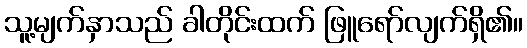
သူ့မျက်နှာသည် ခါတိုင်းထက် ဖြူရော်လျက်ရှိ၏။